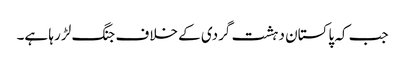
جب کہ پاکستان دہشت گردی کے خلاف جنگ لڑ رہا ہے۔